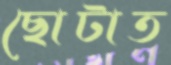
ছোটাত